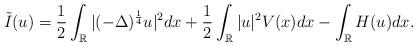
LaTeX: \begin{align*}\tilde{I}(u)=\frac{1}{2}\int_{\mathbb {R}}|(-\Delta)^{\frac{1}{4}}u|^2dx+\frac{1}{2}\int_{\mathbb R}|u|^2 V(x) dx-\int_{\mathbb {R}}H(u)dx.\end{align*}